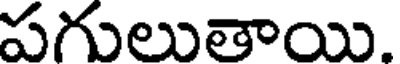
పగులుతాయి.